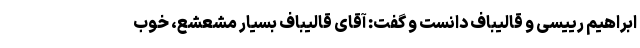
ابراهیم رییسی و قالیباف دانست و گفت: آقای قالیباف بسیار مشعشع، خوب